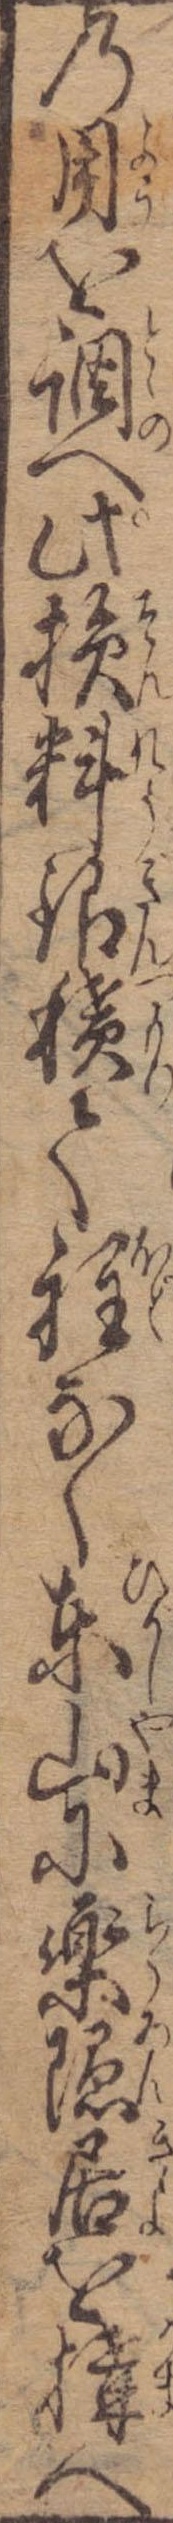
の用を調へ此損料銀積て程なく東山に楽隠居を構へ